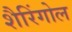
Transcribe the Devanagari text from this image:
शैरिंगोल